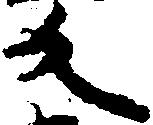
反